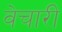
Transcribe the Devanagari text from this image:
वेचारी